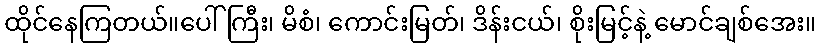
ထိုင်နေကြတယ်။ပေါ်ကြီး၊ မိစံ၊ ကောင်းမြတ်၊ ဒိန်းငယ်၊ စိုးမြင့်နဲ့ မောင်ချစ်အေး။